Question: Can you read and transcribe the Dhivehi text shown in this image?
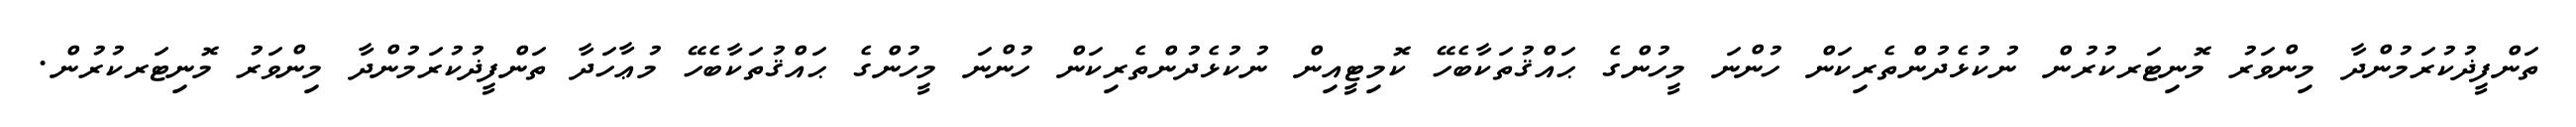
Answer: ތަންފީޛުކުރަމުންދާ މިންވަރު މޮނިޓަރކުރުން ނުކުޅެދުންތެރިކަން ހުންނަ މީހުންގެ ޙައްޤުތަކާބެހޭ ކޮމިޓީއިން ނުކުޅެދުންތެރިކަން ހުންނަ މީހުންގެ ޙައްޤުތަކާބެހޭ މުޢާހަދާ ތަންފީޛުކުރަމުންދާ މިންވަރު މޮނިޓަރކުރުން.